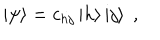
LaTeX: \left| \psi \right> = c _ { h j } \left| h \right> \left| j \right> \; ,